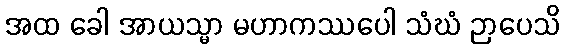
အထ ခေါ အာယသ္မာ မဟာကဿပေါ သံဃံ ဉာပေသိ